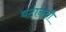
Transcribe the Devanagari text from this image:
बटानची